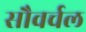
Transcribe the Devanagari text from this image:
सौवर्चल